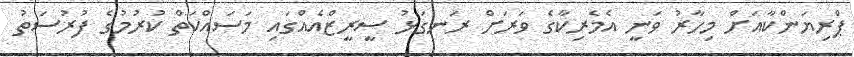
ޕްރިޔަންކާއަށް މިހާރު ވަނީ އެމެރިކާގެ ވަރަށް ރަނގަޅު ސީރީޒްއެއްގައި މަސައްކަތް ކުރުމުގެ ފުރުސަތު